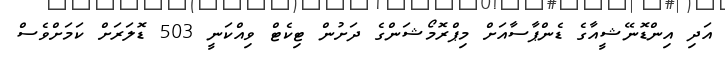
އަދި އިންޑޮނޭޝީއާގެ ޑެންޕާސާއަށް މިޕްރޮމޯޝަންގެ ދަށުން ޓިކެޓް ވިއްކަނީ 503 ޑޮލަރަށް ކަމަށްވެސް